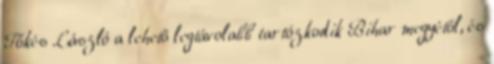
Tőkés László a lehető legtávolabb tartózkodik Bihar megyétől, és